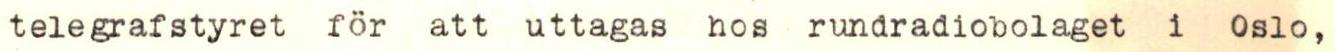
telegrafstyret för att uttagas nos rundradiobolaget i Oslo,